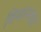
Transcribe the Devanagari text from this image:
विमांनतळ